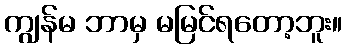
ကျွန်မ ဘာမှ မမြင်ရတော့ဘူး။